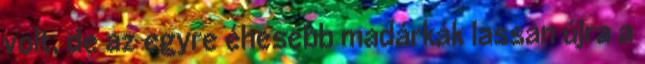
volt, de az egyre éhesebb madárkák lassan újra a